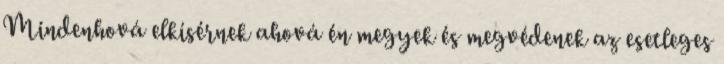
Mindenhová elkísérnek ahová én megyek és megvédenek az esetleges